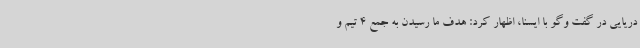
دریایی در گفت وگو با ایسنا، اظهار کرد: هدف ما رسیدن به جمع 4 تیم و